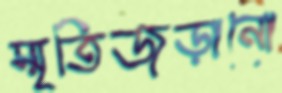
স্মৃতিজড়ানো